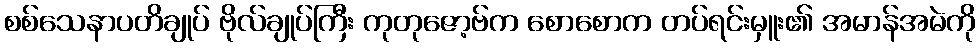
စစ်သေနာပတိချုပ် ဗိုလ်ချုပ်ကြီး ကုတုဇော့ဗ်က စောစောက တပ်ရင်းမှူး၏ အမာန်အမဲကို